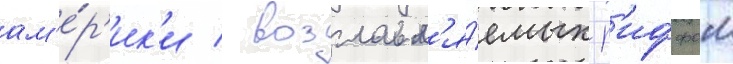
ам'е́р'ик'и / возглавл'я́емых р'иффом